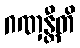
ဂဏှန္တီတိ